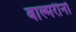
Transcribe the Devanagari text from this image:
बाल्मरीनो